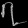
Digit: ၇